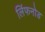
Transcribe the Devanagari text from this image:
लिंफनोड